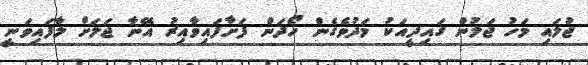
ޖުލައި މަހު ޖަލުން ގައިދީއަކު މަދުވެގެން ހޯދަން ފަށާފައިވާއިރު އޭނާ ޖަލަށް ލާފައިވަނީ